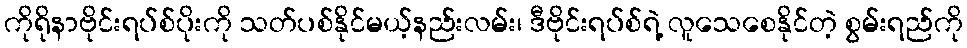
ကိုရိုနာဗိုင်းရပ်စ်ပိုးကို သတ်ပစ်နိုင်မယ့်နည်းလမ်း၊ ဒီဗိုင်းရပ်စ်ရဲ့ လူသေစေနိုင်တဲ့ စွမ်းရည်ကို